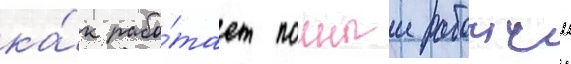
ка́к рабо́тает полныи рабочии